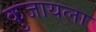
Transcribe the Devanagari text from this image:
कुजायला